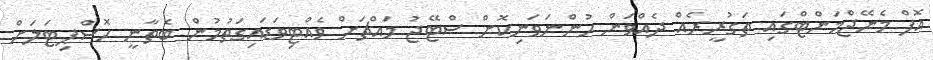
އޮފް މެނޭޖްމަންޓްގައި ތަގުރީރެއް ދެއްވަން ހުންނަވަނިކޮށް ސްޓޭޖު މައްޗަށް ވެއްޓިވަޑައިގަތުމުން ބެތާނީ ހޮސްޕިޓަަލަށް